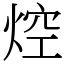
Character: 焢